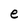
Character: e